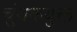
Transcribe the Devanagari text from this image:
चुंबकयुक्त